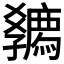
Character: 𡦴